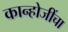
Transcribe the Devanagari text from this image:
कान्होजींचा